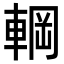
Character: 𮝚